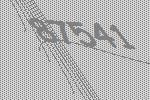
87541